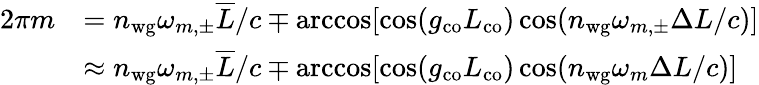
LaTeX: \begin{array}{rl}{2\pi m}&{=n_{\mathrm{wg}}\omega_{m,\pm}\overline{{L}}/c\mp\operatorname{arccos}[\cos(g_{\mathrm{co}}L_{\mathrm{co}})\cos(n_{\mathrm{wg}}\omega_{m,\pm}\Delta L/c)]}\\ &{\approx n_{\mathrm{wg}}\omega_{m,\pm}\overline{{L}}/c\mp\operatorname{arccos}[\cos(g_{\mathrm{co}}L_{\mathrm{co}})\cos(n_{\mathrm{wg}}\omega_{m}\Delta L/c)]}\end{array}